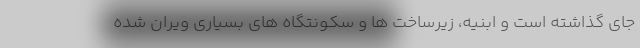
جای گذاشته است و ابنیه، زیرساخت ها و سکونتگاه های بسیاری ویران شده